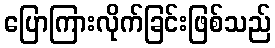
ပြောကြားလိုက်ခြင်းဖြစ်သည်